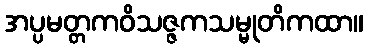
အပ္ပမတ္တကဝိသဇ္ဇကသမ္မုတိကထာ။